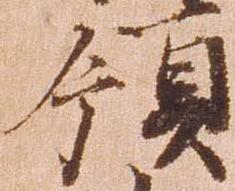
領